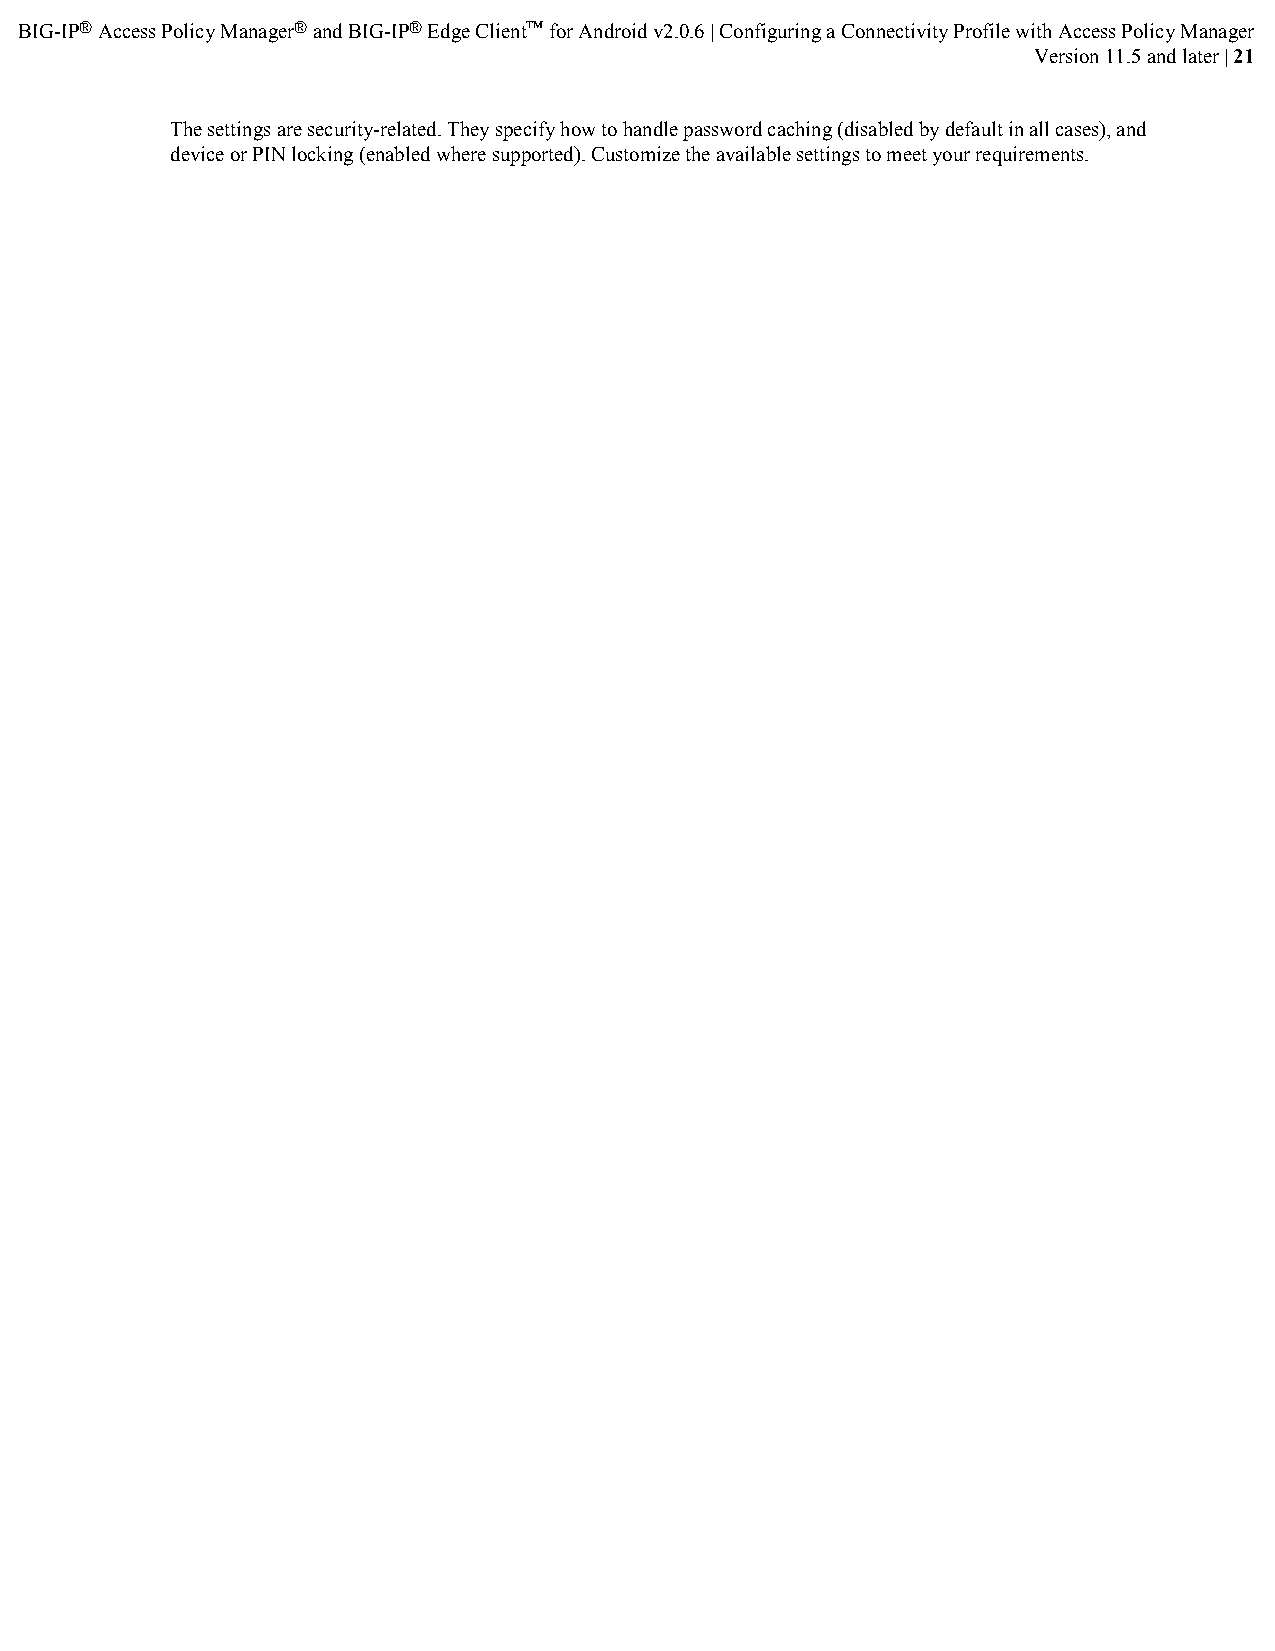
BIG-IP® Access Policy Manager® and BIG-IP® Edge Client™ for Android v2.0.6 | Configuring a Connectivity Profile with Access Policy Manager
 Version 11.5 and later | 21
 The settings are security-related. They specify how to handle password caching (disabled by default in all cases), and
 device or PIN locking (enabled where supported). Customize the available settings to meet your requirements.